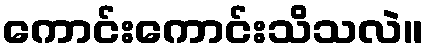
ကောင်းကောင်းသိသလဲ။